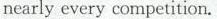
nearly every competition.